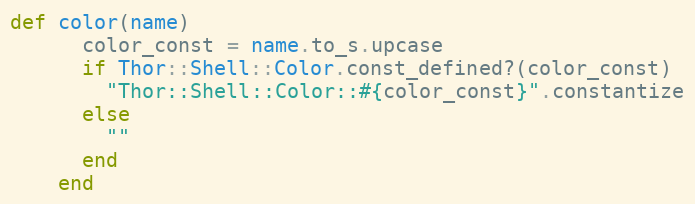
Language: Ruby
def color(name)
      color_const = name.to_s.upcase
      if Thor::Shell::Color.const_defined?(color_const)
        "Thor::Shell::Color::#{color_const}".constantize
      else
        ""
      end
    end